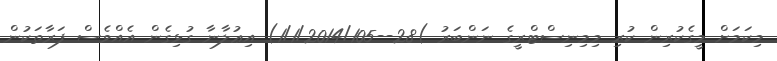
މިކަމަށް މީގެކުރިން ކުރި މިމިނިސްޓްރީގެ ނަންބަރު )28--1/1/2014/105) އިޢުލާނާ ގުޅިގެން އެއްވެސް ފަރާތަކުން